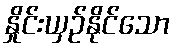
နှိုင်းယှဉ်နိုင်သော